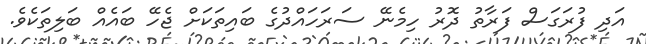
އަދި ފުރަގަސް ފަރާތު ދޮރު ހިމެނޭ ސަރަހައްދުގެ ބައިތަކަށް ޖެހޭ ބައެއް ބަލިތަކެވެ.